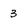
Character: 3